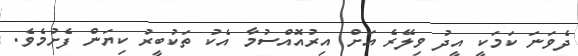
ދެވަނަ ކަމަކީ އީދު ވިލޭރެ އަށް އިރުއޮއްސުމާ އެކު ތަކުބީރު ކިޔަން ފެށުމެވެ.